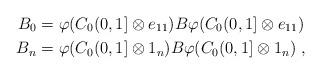
LaTeX: \begin{align*}B_{0} &=\varphi(C_{0}(0,1]\otimes e_{11})B\varphi(C_{0}(0,1]\otimes e_{11}) \\ B_{n} &=\varphi(C_{0}(0,1]\otimes 1_n)B\varphi(C_{0}(0,1]\otimes 1_n) \; ,\end{align*}